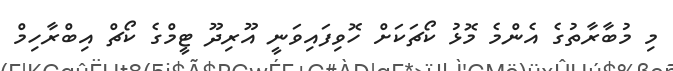
މި މުބާރާތުގެ އެެންމެ މޮޅު ކޯޗަކަށް ހޮވިފައިވަނީ އޫރިދޫ ޓީމްގެ ކޯޗް އިބްރާހިމް